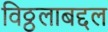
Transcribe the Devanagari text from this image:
विठ्ठलाबद्दल